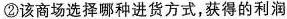
②该商场选择哪种进货方式，获得的利润